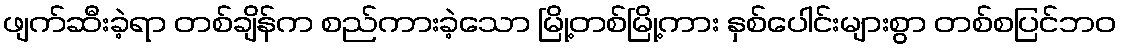
ဖျက်ဆီးခဲ့ရာ တစ်ချိန်က စည်ကားခဲ့သော မြို့တစ်မြို့ကား နှစ်ပေါင်းများစွာ တစ်စပြင်ဘဝ